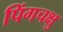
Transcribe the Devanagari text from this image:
पिंगचक्षु